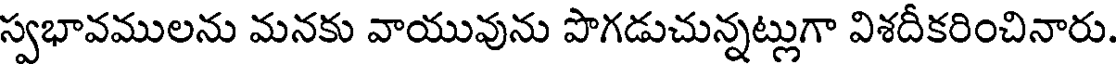
స్వభావములను మనకు వాయువును పొగడుచున్నట్లుగా విశదీకరించినారు.